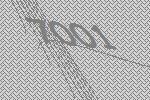
7001